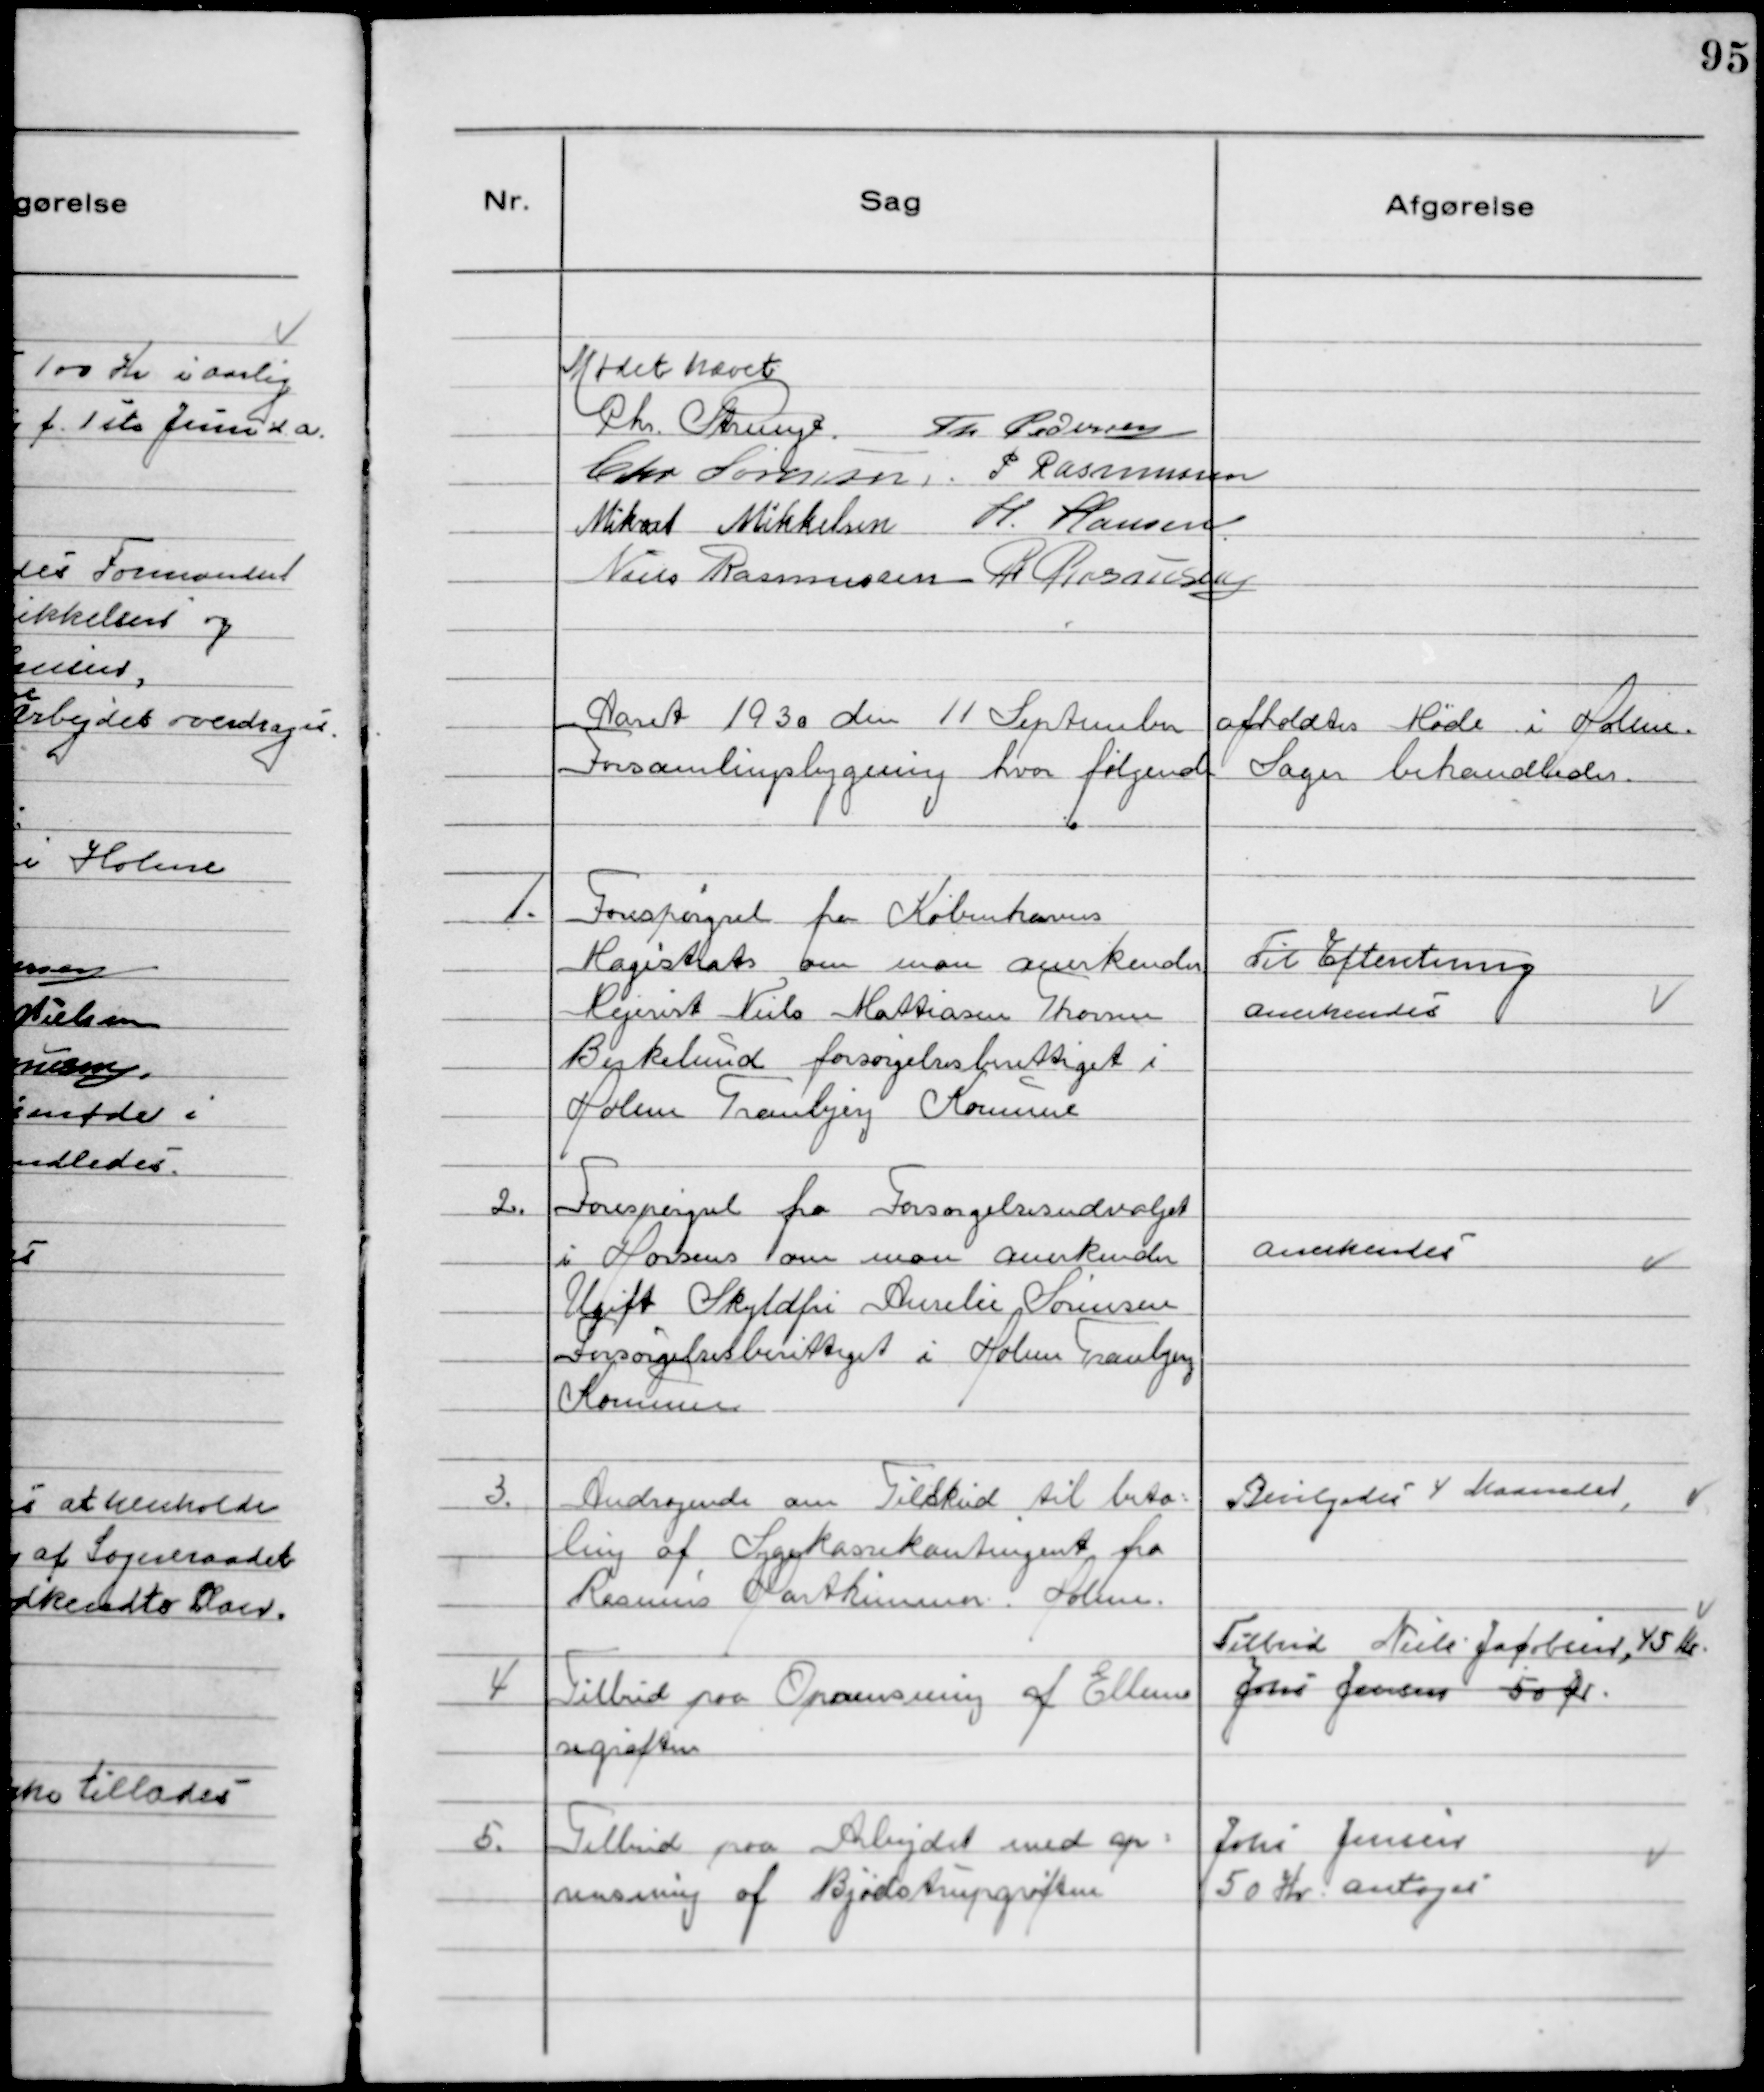
Transskription:
Mødet hævet
Chr. Strunge. Th Pedersen
Chr Sørensen P Rasmussen
Mikael Mikkelsen H. Hansen.
Niels Rasmussen R Rasmussen

Aaret 1930 den 11 September afholdtes Møde i Holme
Forsamlingsbygning hvor følgende Sager behandledes.

1. Forespørgsel fra Københavns
Magistrat om man anerkender
Mejerist Niels Mattiasen Thomsen
Birkelund forsørgelsesberettiget i
Holme Tranbjerg Kommune

Til Efteretning
Anerkendes

2. Forespørgsel fra Forsørgelsesudvalget
i Horsens om man anerkender
Ugift Skyldfri Annelie Sørensen
Forsørgelsesberettiget i Holme Tranbjerg
Kommune

Anerkendes

3. Andragende om Tilskud til beta-
ling af Sygekassekontingent fra
Rasmus Marthinussen. Holme.

Bevilgedes 4 Maaneder

4 Tilbud på Oprensning af Ellemo
segrøften

Tilbud Niels Jacobsen, 45 Kr.
Johs Jensen 50 Ør.

5. Tilbud paa Arbejdet med op-
rensning af Bjødstrupgrøften

Johs Jensen
50 Kr antages